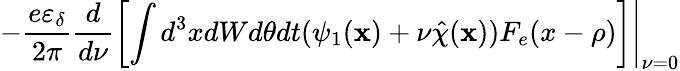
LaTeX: \left.-\frac{e\varepsilon_{\delta}}{2\pi}\frac{d}{d\nu}\left[\int d^{3}xdWd\theta dt(\psi_{1}(\textbf{x})+\nu\hat{\chi}(\textbf{x}))F_{e}(x-\rho)\right]\right\vert_{\nu=0}